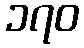
၁၇၀